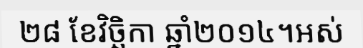
២៨ ខែវិច្ឆិកា ឆ្នាំ២០១៤។អស់